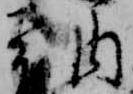
納